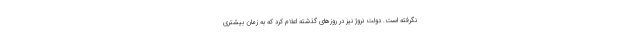
نگرفته است. دولت نروژ نیز در روزهای گذشته اعلام کرد که به زمان بیشتری